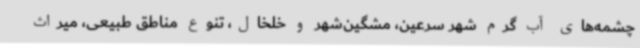
چشمه‌های آب گرم شهر سرعین، مشگین‌شهر و خلخال، تنوع مناطق طبیعی، میراث